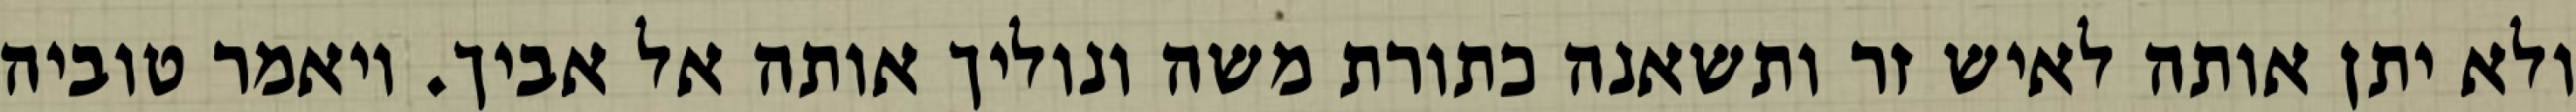
ולא יתן אותה לאיש זר ותשאנה כתורת משה ונוליך אותה אל אביך. ויאמר טוביה